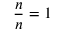
{ \frac { n } { n } } = 1